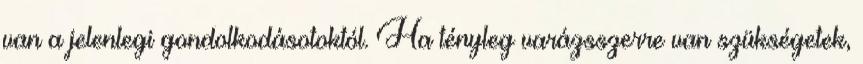
van a jelenlegi gondolkodásotoktól. Ha tényleg varázsszerre van szükségetek,